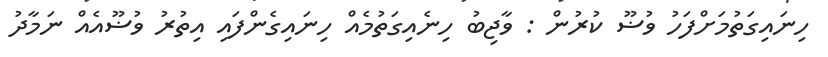
ހިނައިގަތުމަށްފަހު ވުޟޫ ކުރުން : ވާޖިބު ހިނެއިގަތުމެއް ހިނައިގެންފައި އިތުރު ވުޟޫއެއް ނަމާދު